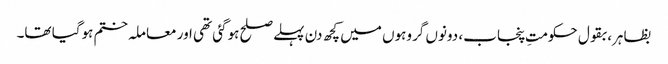
بظاہر، بقول حکومتِ پنجاب، دونوں گروہوں میں کچھ دن پہلے صلح ہوگئی تھی اور معاملہ ختم ہوگیا تھا۔